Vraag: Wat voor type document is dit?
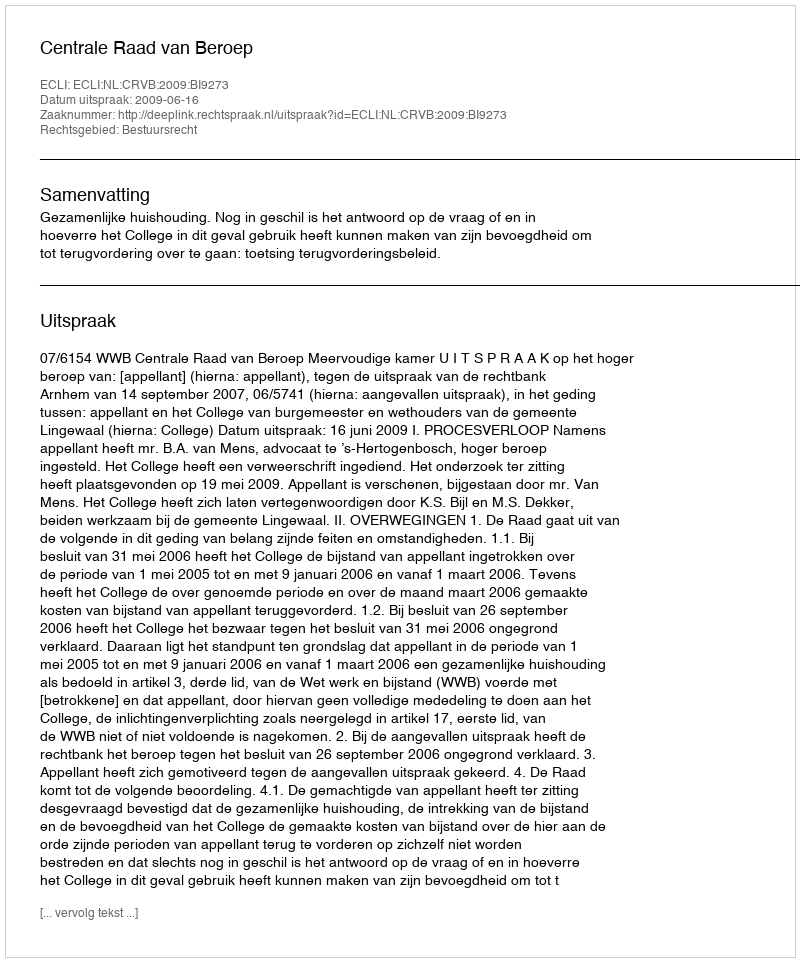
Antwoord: Uitspraak